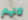
لانهم